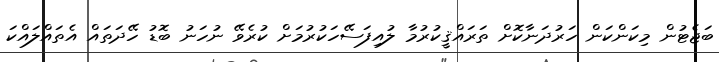
ބަޖެޓުން މިކަންކަން ހަރުދަނާކޮށް ތަރައްޤީކުރުމާ ލުއިފަސޭހަކުރުމަށް ކުރެވޭ ނުހަނު ބޮޑު ހޭދަތައް އެތައްލައްކަ